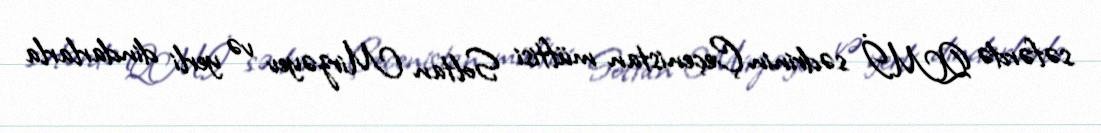
səfərdə QMİ sədrinin Çeçenistan müftisi Soltan Mirzəyev və yerli dindarlarla